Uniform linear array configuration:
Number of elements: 64
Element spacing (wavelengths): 0.5
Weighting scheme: cosine
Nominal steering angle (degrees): -60
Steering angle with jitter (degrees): -59.802
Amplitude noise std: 0.05
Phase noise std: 0.05

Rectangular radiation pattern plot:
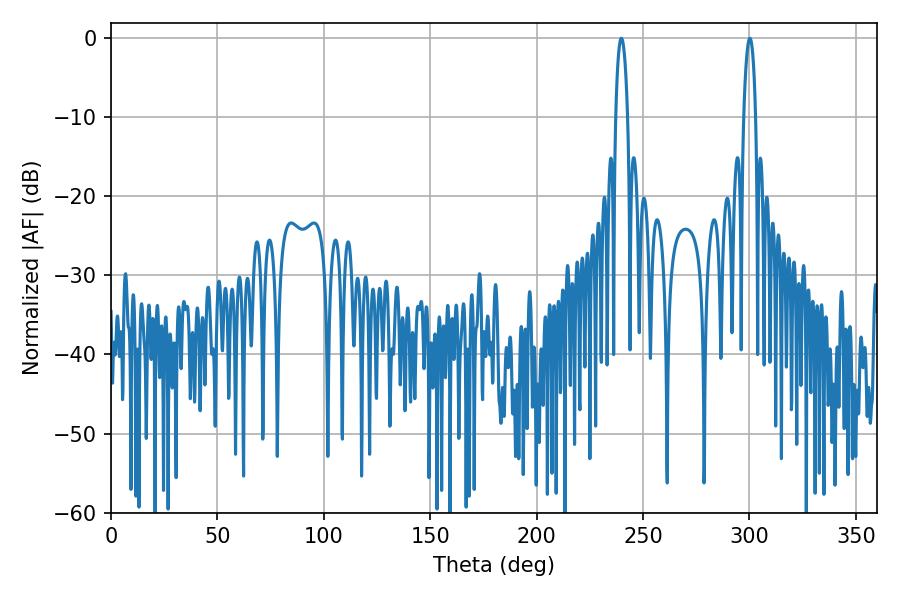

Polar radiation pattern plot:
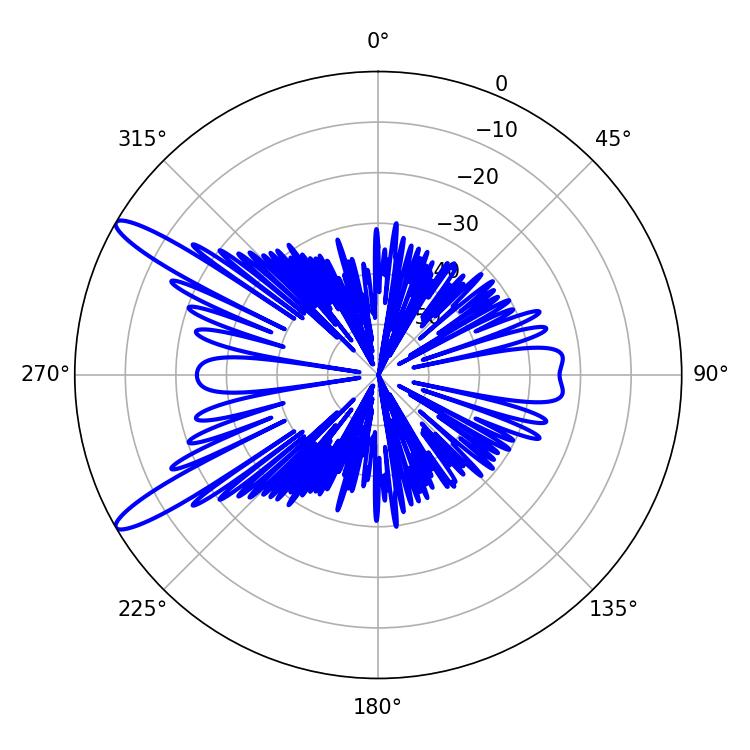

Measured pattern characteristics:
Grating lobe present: FALSE
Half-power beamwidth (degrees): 3.06
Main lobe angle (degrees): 300.24